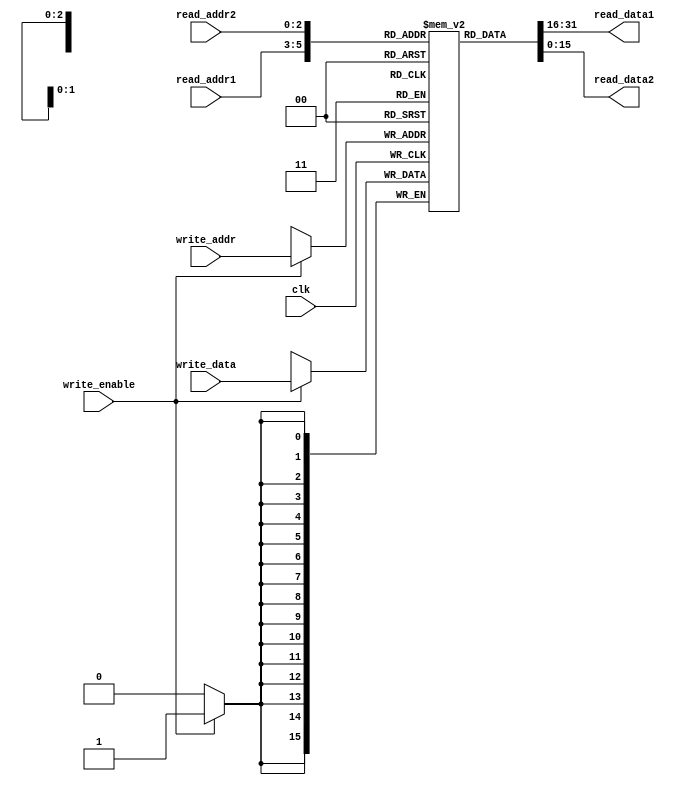
module RegisterFile(clk, read_addr1, read_addr2, write_addr, write_enable, write_data, read_data1, read_data2);
  input  clk;
  input  [2:0] read_addr1; // Address of operand 1
  input  [2:0] read_addr2; // Address of operand 2
  input  [2:0] write_addr; // Used in load operation, (write_address = Op1)
  input  write_enable; // This will only be 1 in load operation else its zero
  input  [15:0] write_data; // Used in load operation, (write_data = &Op2 from RAM)
  output  [15:0] read_data1; // Op1
  output  [15:0] read_data2;// Op1
  
  reg [15:0] registers [0:7]; // The eight registers comprising the register file
  
  integer i;
  
  initial begin
    
    for( i = 0; i < 8; i = i +1)
        registers[i] = i;
    end

  assign read_data1 = registers[read_addr1];
  assign read_data2 = registers[read_addr2];

  // Register write
  always @(negedge clk) begin //Negative Edge
    if (write_enable)
      registers[write_addr] <= write_data;
  end

endmodule

module RegisterFile_tb;

  reg clk;
  reg [2:0] read_addr1;
  reg [2:0] read_addr2;
  reg [2:0] write_addr;
  reg write_enable;
  reg [15:0] write_data;
  wire [15:0] read_data1;
  wire [15:0] read_data2;
  reg [15:0] registers [0:7];

  // Instantiate the RegisterFile module
  RegisterFile dut (
    .clk(clk),
    .read_addr1(read_addr1),
    .read_addr2(read_addr2),
    .write_addr(write_addr),
    .write_enable(write_enable),
    .write_data(write_data),
    .read_data1(read_data1),
    .read_data2(read_data2)
  );

  // Clock generation
  always begin
    #5 clk = ~clk;
  end

  // Test inputs
  initial begin
    clk = 0;
    read_addr1 = 3'b001;    // Read address 1
    read_addr2 = 3'b010;    // Read address 2
    write_addr = 3'b011;    // Write address
    write_enable = 1;       // Enable write
    write_data = 75;  // Write data
    #10;
    $display("register[1]: %d", read_data1);
    $display("register[2]: %d", read_data2);
    $display("write_data: %d, write_addr: = %d, write_enable = %d", write_data, write_addr, write_enable);
    

    #10;
    write_enable = 1;       // Enable write
    write_data = 175;  // New write data
    write_addr = 3'b100;    // Write address
    read_addr1 = 3'b100;    // Read address 1
    read_addr2 = 3'b011;    // Read address 2
    #10;
    $display("register[4]: %d", read_data1);
    $display("register[3]: %d", read_data2);
    $display("write_data: %d, write_addr: = %d, write_enable = %d", write_data, write_addr, write_enable);
    
    
    #10;
    write_enable = 0;       // Enable write
    write_data = 215;  // New write data
    write_addr = 3'b100;    // Write address
    read_addr1 = 3'b100;    // Read address 1
    read_addr2 = 3'b011;    // Read address 2
    #10;
    $display("register[4]: %d", read_data1);
    $display("register[3]: %d", read_data2);
    $display("write_data: %d, write_addr: = %d, write_enable = %d", write_data, write_addr, write_enable);

    // End simulation
    $finish;
  end

endmodule